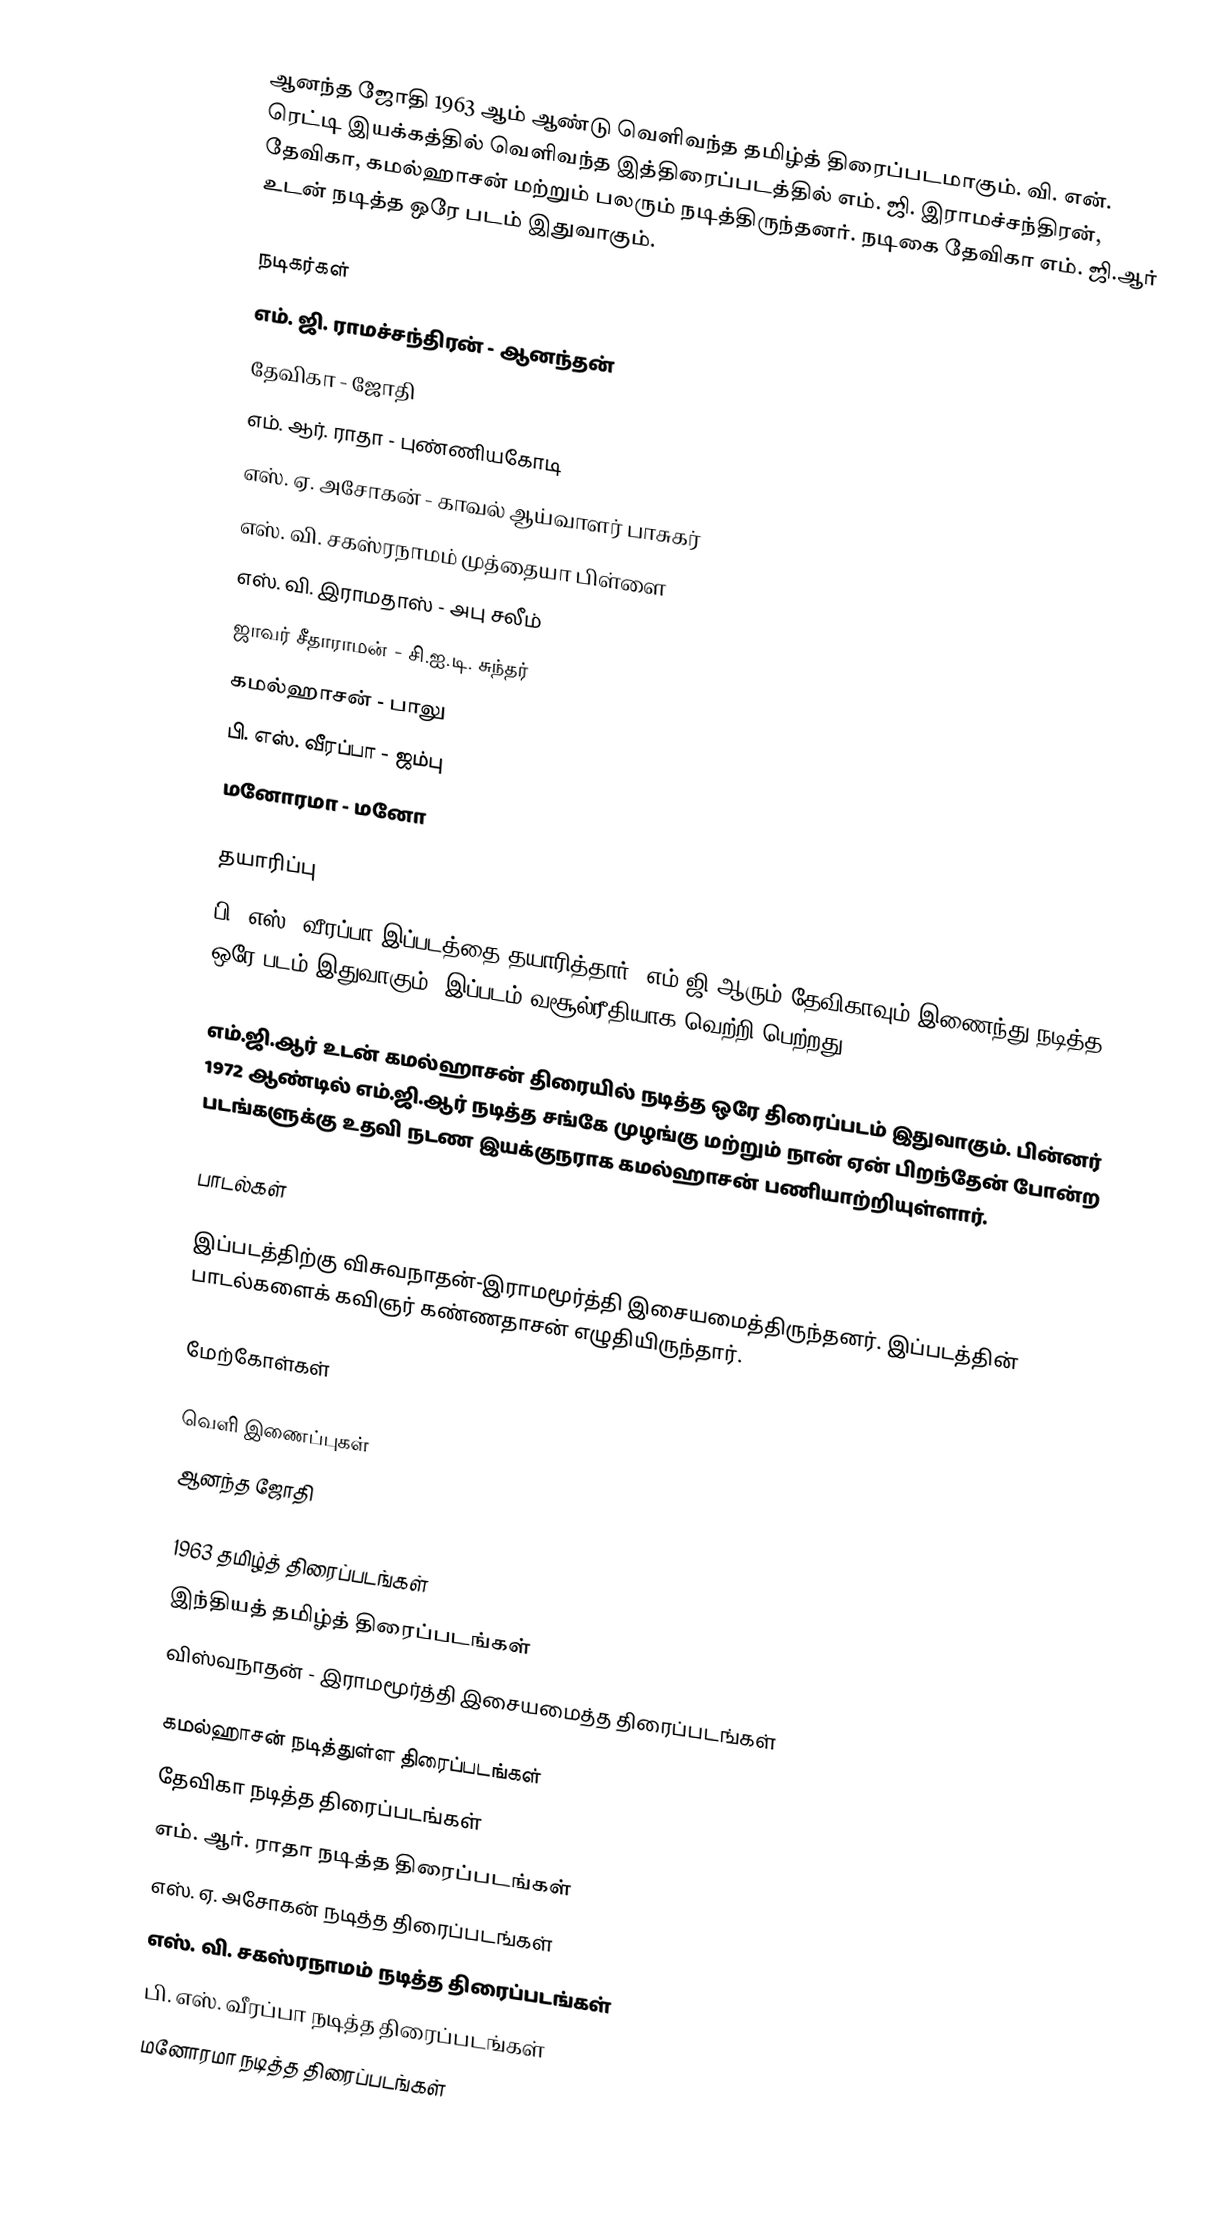
ஆனந்த ஜோதி 1963 ஆம் ஆண்டு வெளிவந்த தமிழ்த் திரைப்படமாகும். வி. என். ரெட்டி இயக்கத்தில் வெளிவந்த இத்திரைப்படத்தில் எம். ஜி. இராமச்சந்திரன், தேவிகா, கமல்ஹாசன் மற்றும் பலரும் நடித்திருந்தனர். நடிகை தேவிகா எம். ஜி.ஆர் உடன் நடித்த ஒரே படம் இதுவாகும்.

நடிகர்கள்
 எம். ஜி. ராமச்சந்திரன் - ஆனந்தன்
 தேவிகா - ஜோதி
 எம். ஆர். ராதா - புண்ணியகோடி
 எஸ். ஏ. அசோகன் - காவல் ஆய்வாளர் பாசுகர்
 எஸ். வி. சகஸ்ரநாமம் முத்தையா பிள்ளை
 எஸ். வி. இராமதாஸ் - அபு சலீம்
 ஜாவர் சீதாராமன் - சி.ஐ.டி. சுந்தர்
 கமல்ஹாசன் - பாலு
 பி. எஸ். வீரப்பா - ஜம்பு
 மனோரமா - மனோ

தயாரிப்பு
பி. எஸ். வீரப்பா இப்படத்தை தயாரித்தார். எம்.ஜி.ஆரும் தேவிகாவும் இணைந்து நடித்த ஒரே படம் இதுவாகும். இப்படம் வசூல்ரீதியாக வெற்றி பெற்றது.

எம்.ஜி.ஆர் உடன் கமல்ஹாசன் திரையில் நடித்த ஒரே திரைப்படம் இதுவாகும். பின்னர் 1972 ஆண்டில் எம்.ஜி.ஆர் நடித்த சங்கே முழங்கு மற்றும் நான் ஏன் பிறந்தேன் போன்ற படங்களுக்கு உதவி நடண இயக்குநராக கமல்ஹாசன் பணியாற்றியுள்ளார்.

பாடல்கள்

இப்படத்திற்கு விசுவநாதன்-இராமமூர்த்தி இசையமைத்திருந்தனர். இப்படத்தின் பாடல்களைக் கவிஞர் கண்ணதாசன் எழுதியிருந்தார்.

மேற்கோள்கள்

வெளி இணைப்புகள்
 ஆனந்த ஜோதி

1963 தமிழ்த் திரைப்படங்கள்
இந்தியத் தமிழ்த் திரைப்படங்கள்
விஸ்வநாதன் - இராமமூர்த்தி இசையமைத்த திரைப்படங்கள்

கமல்ஹாசன் நடித்துள்ள திரைப்படங்கள்
தேவிகா நடித்த திரைப்படங்கள்
எம். ஆர். ராதா நடித்த திரைப்படங்கள்
எஸ். ஏ. அசோகன் நடித்த திரைப்படங்கள்
எஸ். வி. சகஸ்ரநாமம் நடித்த திரைப்படங்கள்
பி. எஸ். வீரப்பா நடித்த திரைப்படங்கள்
மனோரமா நடித்த திரைப்படங்கள்